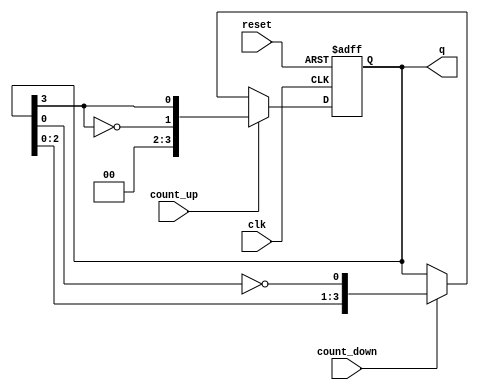
module BidirectionalJohnsonCounter (
    input wire clk,        // Clock input
    input wire reset,      // Asynchronous reset
    input wire count_up,   // Control signal for counting up
    input wire count_down, // Control signal for counting down
    output reg [n-1:0] q   // Output state of the counter
);

parameter n = 4; // Number of flip-flops in the counter, adjust as needed

// Shift register
reg [n-1:0] shift_reg;

// Asynchronous reset and counter operation
always @(posedge clk or posedge reset) begin
    if (reset) begin
        shift_reg <= 0; // Reset shift register to zero
    end else if (count_up) begin
        // Counting up
        shift_reg <= {~shift_reg[n-1], shift_reg[n-1:n-1]};
    end else if (count_down) begin
        // Counting down
        shift_reg <= {shift_reg[n-2:0], ~shift_reg[0]};
    end
end

// Assign the output
assign q = shift_reg;

endmodule